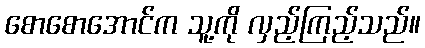
စောစောအောင်က သူ့ကို လှည့်ကြည့်သည်။